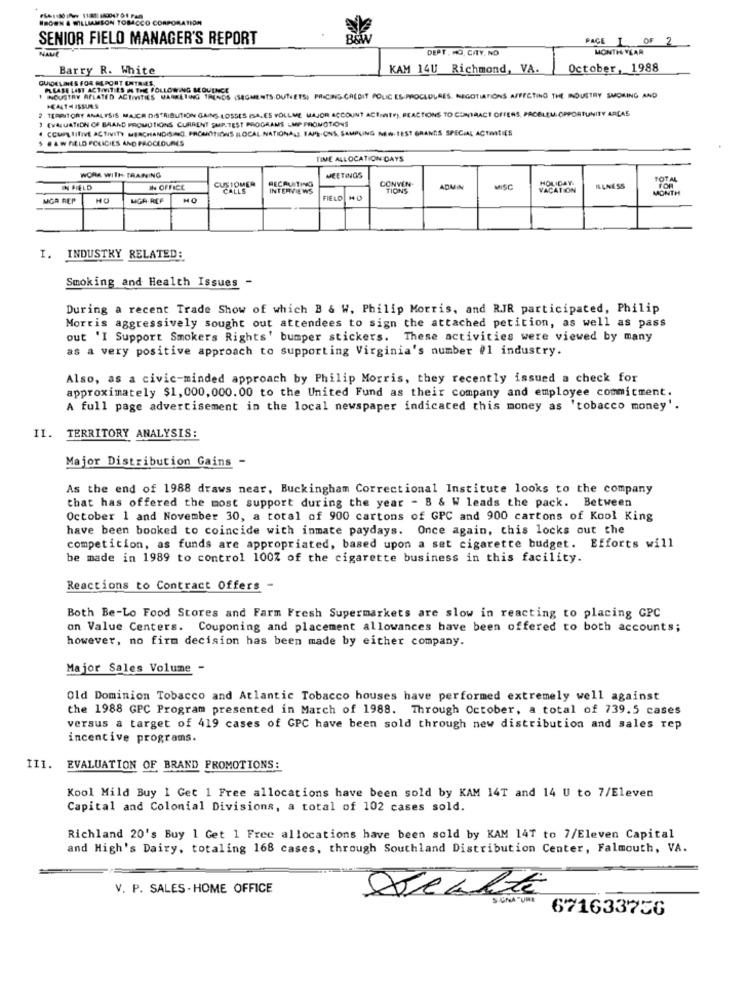
BROWN & WILLIAMSON TOBACCO CORPORATION
SENIOR FIELO MANAGER'S REPORT
BOW
PAGE 1 OF 2
DEPT. MO, CITY. NO
MONTH YEAR
Barry R. White
KAM 14U Richmond, VA.
October, 1988
GUIDELINES FOR REPORT ENTRIES,
PLEASE LIST ACTIVITIES IN THE FOLLOWING SEQUENCE
NOUSTRY RELATED ACTIVITIES MARKETING TRENDS (SEGMENTS OUTLETS, PRICING CALDIT POLIC ES-PROCLOLAES, NEGOTIATIONS AFFECTING THE INDUSTRY SMOKING AND
TERRITORY ANALYSIS MACH DISTRIBUTION GAINS LOSSES (SALES VOLLME MAJOR ACCOUNT ACTIONTO) REACTIONS TO CONTRACT OFFERS PROBLEM OPPORTUNITY ARCAS
EVALUATION OF BAAND PROMOTIONS CURRENT SUP.TEST PROGRAMS -MP PROMOTIONS
4 COMPETITIVE ACTIVITY MERCHANDISING, PROMOTIONS ILOCAL.NATIONALE. TAPE.ONS, SAMPLING NEW.TEST GRANDS SPECIAL ACTIES
$ JAWAELD POLICIES AND PROCEDURES
TIME ALLOCATION DAYS
WORK WITH TRAINING
CUSTOMER
RECRUITING
MEETINGS
CONVEN-
HOLIDAY
TOTAL
IN FIELD
IN OFFICE
CALLS
INTERVIEWS
TIONS
AQUA
MISC
VACATION
ILLNESS
MONTH
MGR REP
MGH-REF
HO
FIELD M
I. INDUSTRY RELATED:
Smoking and Health Issues -
During a recent Trade Show of which B & W. Philip Morris, and RJR participated, Philip
Morris aggressively sought out attendees to sign the attached petition, as well as pass
out 'I Support Smokers Rights' bumper stickers. These activities were viewed by many
as a very positive approach to supporting Virginia's number #1 industry.
Also, as a civic-minded approach by Philip Morris, they recently issued a check for
approximately $1,000,000.00 to the United Fund as their company and employee commitment.
A full page advertisement in the local newspaper indicated this money as 'tobacco money'.
II.
TERRITORY ANALYSIS:
Major Distribution Gains -
As the end of 1988 draws near, Buckingham Correctional Institute looks to the company
that has offered the most support during the year - B & W leads the pack. Between
October 1 and November 30, a total of 900 cartons of GPC and 900 cartons of Kool King
have been booked to coincide with inmate paydays. Once again, this locks out the
competition, as funds are appropriated, based upon a set cigarette budget. Efforts will
be made in 1989 to control 100% of the cigarette business in this facility.
Reactions to Contract Offers -
Both Be-Lo Food Stores and Farm Fresh Supermarkets are slow in reacting to placing GPC
on Value Centers. Couponing and placement allowances have been offered to both accounts;
however, no firm decision has been made by either company.
Major Sales Volume -
Old Dominion Tobacco and Atlantic Tobacco houses have performed extremely well against
the 1988 GPC Program presented in March of 1988. Through October, a total of 739.5 cases
versus a target of 419 cases of GPC have been sold through new distribution and sales rep
incentive programs.
III. EVALUATION OF BRAND PROMOTIONS:
Kool Mild Buy 1 Get 1 Free allocations have been sold by KAM 14T and 14 U to 7/Eleven
Capital and Colonial Divisions, a total of 102 cases sold.
Richland 20's Buy 1 Get 1 Free allocations have been sold by KAM 14T to 7/Eleven Capital
and High's Dairy, totaling 168 cases, through Southland Distribution Center, Falmouth, VA.
V. P. SALES - HOME OFFICE
S GONNA "UNE
67163375G